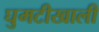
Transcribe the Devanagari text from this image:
घुमटीखाली